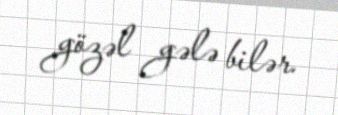
gözəl gələ bilər.